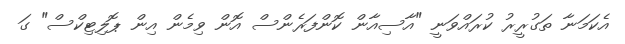
އެކަމަނާ ތަގުރީރު ކުރައްވަނީ "އާސިއާން ކޮންފަރެންސް އޮން ވިމެން އިން ޕޮލިޓިކްސް" ގަ